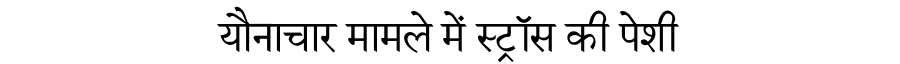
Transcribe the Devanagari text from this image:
यौनाचार मामले में स्ट्रॉस की पेशी